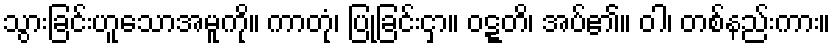
သွားခြင်းဟူသောအမူကို။ ကာတုံ၊ ပြုခြင်းငှာ။ ဝဋ္ဋတိ၊ အပ်၏။ ဝါ၊ တစ်နည်းကား။